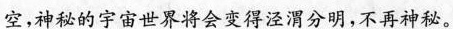
空，神秘的宇宙世界将会变得泾渭分明，不再神秘。